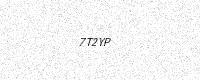
Text: 7T2YP